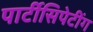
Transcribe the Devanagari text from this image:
पार्टीसिपेटींग